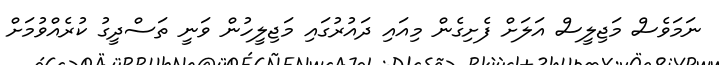
ނަމަވެސް މަޖިލީސް އަލަށް ފެށިގެން މިއައި ދައުރުގައި މަޖިލީހުން ވަނީ ތަސްދީގު ކުރެއްވުމަށް